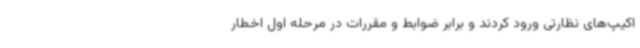
اکیپ‌های نظارتی ورود کردند و برابر ضوابط و مقررات در مرحله اول اخطار